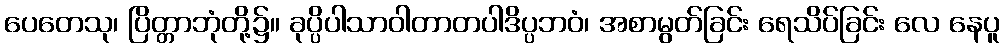
ပေတေသု၊ ပြိတ္တာဘုံတို့၌။ ခုပ္ပိပါသာဝါတာတပါဒိပ္ပဘဝံ၊ အစာမွတ်ခြင်း ရေသိပ်ခြင်း လေ နေပူ